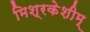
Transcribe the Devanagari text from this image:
मिश्रकेशीम्